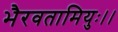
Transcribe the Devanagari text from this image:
भैरवतामियुः।।